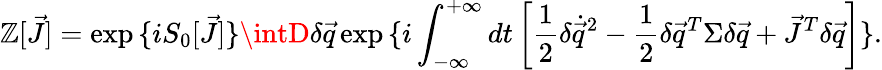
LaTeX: \mathbb{Z}[\vec{{J}}]=\exp{\{ iS_{0}[\vec{{J}}]\} }\intD\delta\vec{{q}}\exp{\{ i\int_{-\infty}^{+\infty}dt\left[\frac{{1}}{{2}}\delta\dot{{\vec{{q}}}}^{2}-\frac{{1}}{{2}}\delta\vec{{q}}^{T}\Sigma\delta\vec{{q}}+\vec{{J}}^{T}\delta\vec{{q}}\right]\} }.